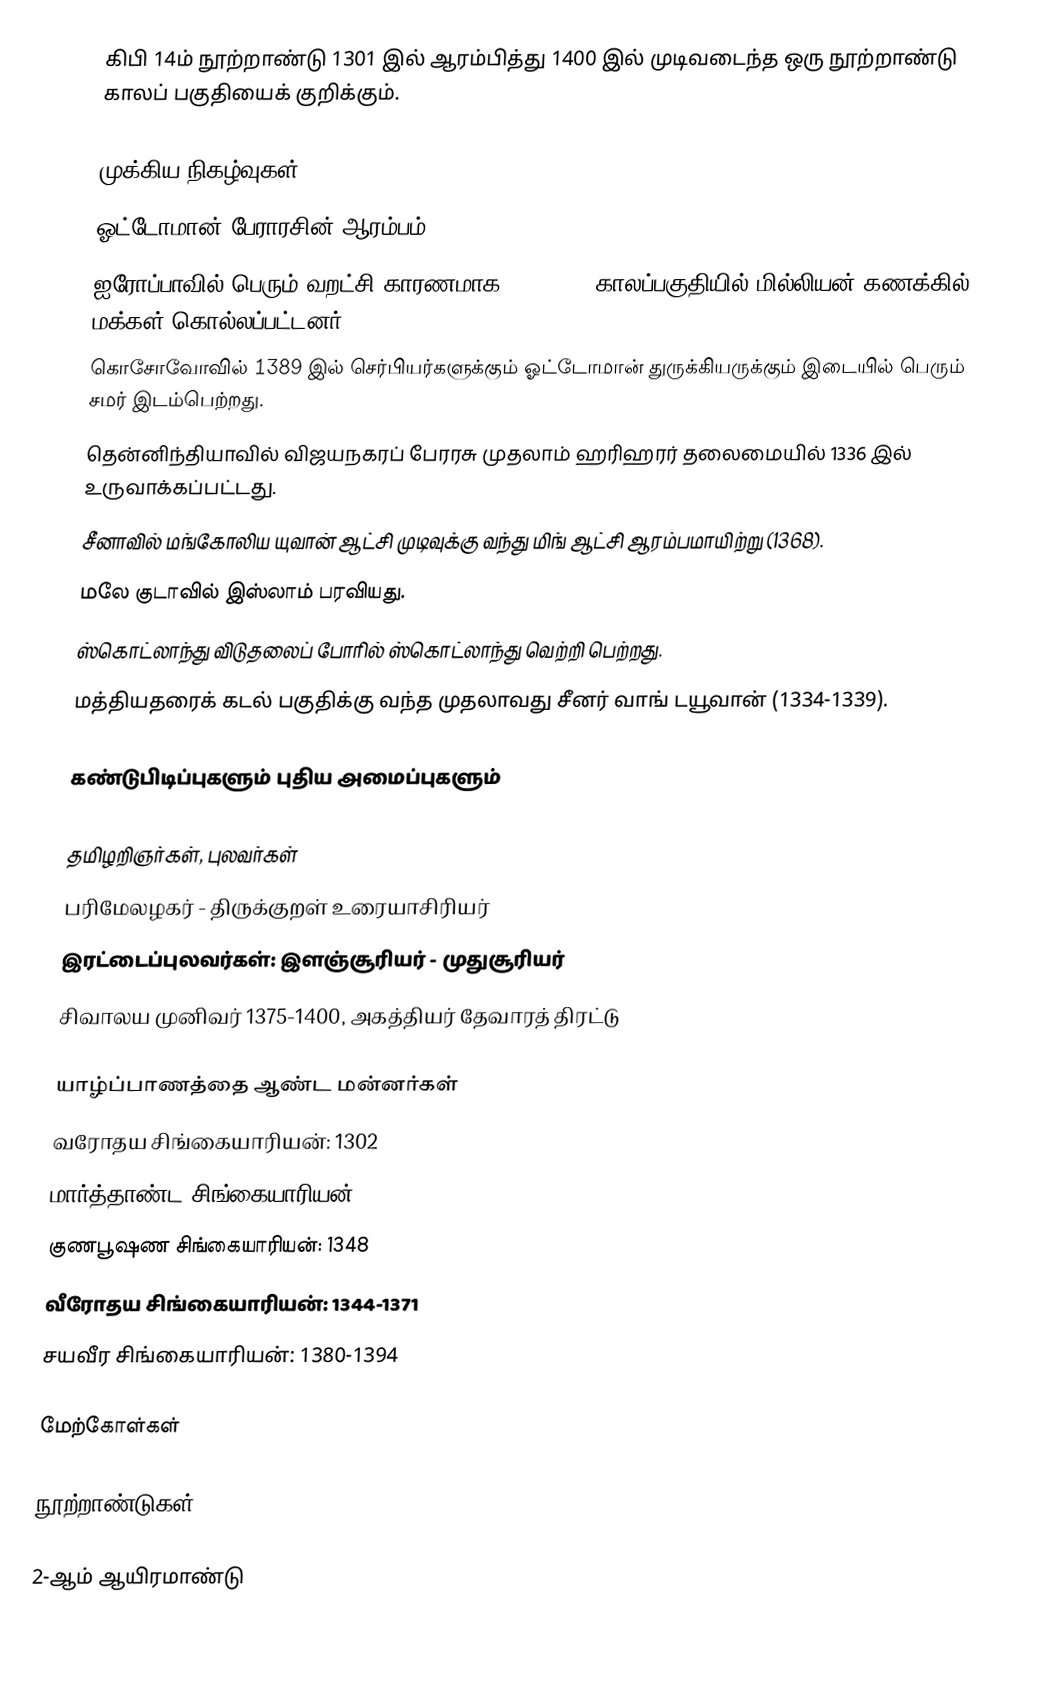
கிபி 14ம் நூற்றாண்டு 1301 இல் ஆரம்பித்து 1400 இல் முடிவடைந்த ஒரு நூற்றாண்டு காலப் பகுதியைக் குறிக்கும்.

முக்கிய நிகழ்வுகள்
 ஓட்டோமான் பேராரசின் ஆரம்பம்.
 ஐரோப்பாவில் பெரும் வறட்சி காரணமாக 1315-1317 காலப்பகுதியில் மில்லியன் கணக்கில் மக்கள் கொல்லப்பட்டனர்.
 கொசோவோவில் 1389 இல் செர்பியர்களுக்கும் ஓட்டோமான் துருக்கியருக்கும் இடையில் பெரும் சமர் இடம்பெற்றது.
 தென்னிந்தியாவில் விஜயநகரப் பேரரசு முதலாம் ஹரிஹரர் தலைமையில் 1336 இல் உருவாக்கப்பட்டது.
 சீனாவில் மங்கோலிய யுவான் ஆட்சி முடிவுக்கு வந்து மிங் ஆட்சி ஆரம்பமாயிற்று (1368).
 மலே குடாவில் இஸ்லாம் பரவியது.
 ஸ்கொட்லாந்து விடுதலைப் போரில் ஸ்கொட்லாந்து வெற்றி பெற்றது.
 மத்தியதரைக் கடல் பகுதிக்கு வந்த முதலாவது சீனர் வாங் டயூவான் (1334-1339).

கண்டுபிடிப்புகளும் புதிய அமைப்புகளும்

தமிழறிஞர்கள், புலவர்கள்
 பரிமேலழகர் - திருக்குறள் உரையாசிரியர்
 இரட்டைப்புலவர்கள்: இளஞ்சூரியர் - முதுசூரியர்
 சிவாலய முனிவர் 1375-1400, அகத்தியர் தேவாரத் திரட்டு

யாழ்ப்பாணத்தை ஆண்ட மன்னர்கள்
 வரோதய சிங்கையாரியன்: 1302
 மார்த்தாண்ட சிங்கையாரியன்: 1325
 குணபூஷண சிங்கையாரியன்: 1348
 வீரோதய சிங்கையாரியன்: 1344-1371
 சயவீர சிங்கையாரியன்: 1380-1394

மேற்கோள்கள்

நூற்றாண்டுகள்

2-ஆம் ஆயிரமாண்டு